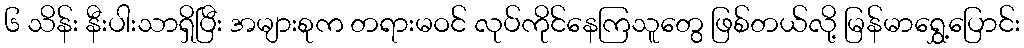
၆ သိန်း နီးပါးသာရှိပြီး အများစုက တရားမဝင် လုပ်ကိုင်နေကြသူတွေ ဖြစ်တယ်လို့ မြန်မာရွှေ့ပြောင်း